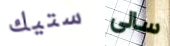
ستيك سالى